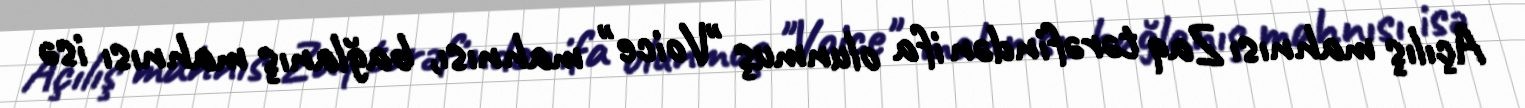
Açılış mahnısı Zaq tərəfindən ifa olunmuş "Voice" mahnısı, bağlanış mahnısı isə